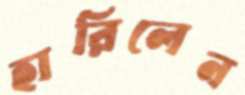
হারিলেন